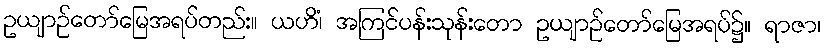
ဥယျာဉ်တော်မြေအရပ်တည်း။ ယဟိံ၊ အကြင်ပန်းသုန်းတော ဥယျာဉ်တော်မြေအရပ်၌။ ရာဇာ၊